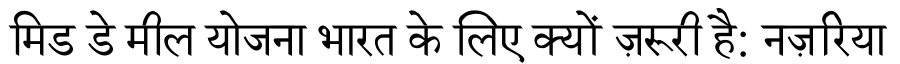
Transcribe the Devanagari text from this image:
मिड डे मील योजना भारत के लिए क्यों ज़रूरी है: नज़रिया